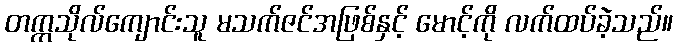
တက္ကသိုလ်ကျောင်းသူ မသက်ဇင်အဖြစ်နှင့် မောင့်ကို လက်ထပ်ခဲ့သည်။